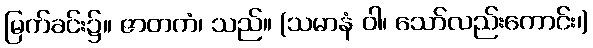
မြက်ခင်း၌။ ဇာတကံ၊ သည်။ (သမာနံ ဝါ၊ သော်လည်းကောင်း၊)